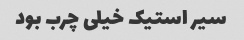
سیر استیک خیلی چرب بود